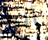
أنه